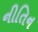
નીતિન